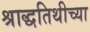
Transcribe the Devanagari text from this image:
श्राद्धतिथीच्या